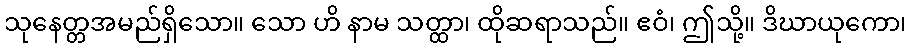
သုနေတ္တအမည်ရှိသော။ သော ဟိ နာမ သတ္ထာ၊ ထိုဆရာသည်။ ဧဝံ၊ ဤသို့။ ဒိဃာယုကော၊